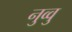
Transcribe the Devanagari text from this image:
नुव्वु